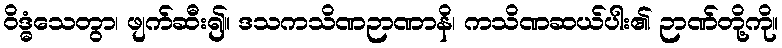
ဝိဒ္ဓံသေတွာ၊ ဖျက်ဆီး၍။ ဒသကသိဏဉာဏာနိ၊ ကသိဏဆယ်ပါး၏ ဉာဏ်တို့ကို။